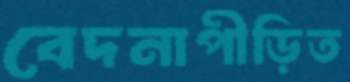
বেদনাপীড়িত